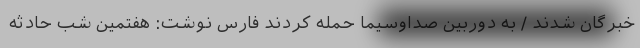
خبرگان شدند / به دوربین صداوسیما حمله کردند فارس نوشت: هفتمین شب حادثه